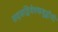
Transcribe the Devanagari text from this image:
सदसद्विवेवकबुद्धीची